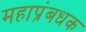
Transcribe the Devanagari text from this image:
महाप्रंबधक